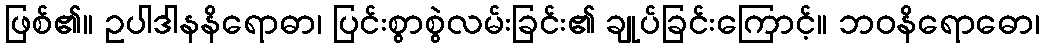
ဖြစ်၏။ ဥပါဒါနနိရောဓာ၊ ပြင်းစွာစွဲလမ်းခြင်း၏ ချုပ်ခြင်းကြောင့်။ ဘဝနိရောဓော၊